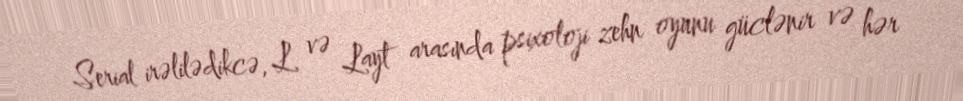
Serial irəlilədikcə, L və Layt arasında psixoloji zehn oyunu güclənir və hər